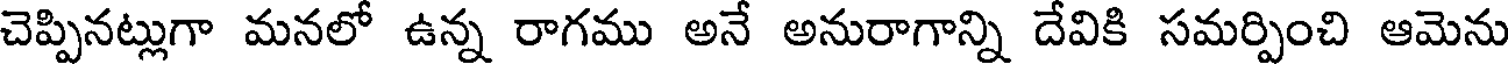
చెప్పినట్లుగా మనలో ఉన్న రాగము అనే అనురాగాన్ని దేవికి సమర్పించి ఆమెను